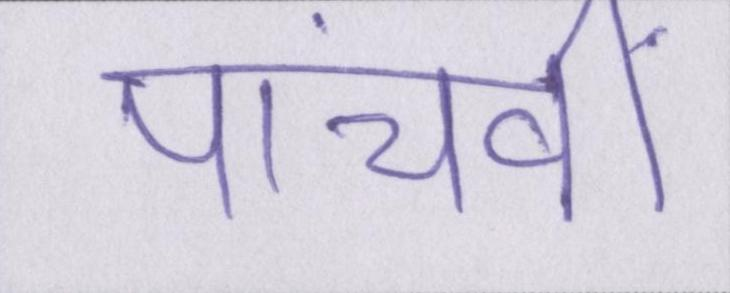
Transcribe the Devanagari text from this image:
पांचवीं